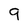
Character: 9